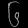
Digit: ၆